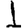
Digit: 1